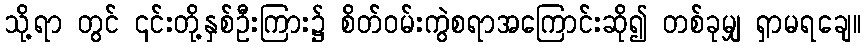
သို့ရာ တွင် ၎င်းတို့နှစ်ဦးကြား၌ စိတ်ဝမ်းကွဲစရာအကြောင်းဆို၍ တစ်ခုမျှ ရှာမရချေ။